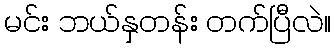
မင်း ဘယ်နှတန်း တက်ပြီလဲ။